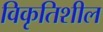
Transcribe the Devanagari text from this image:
विकृतिशील